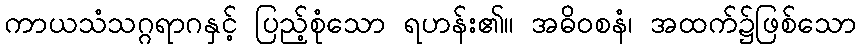
ကာယသံသဂ္ဂရာဂနှင့် ပြည့်စုံသော ရဟန်း၏။ အဓိဝစနံ၊ အထက်၌ဖြစ်သော